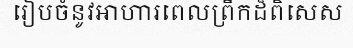
រៀបចំនូវអាហារពេលព្រឹកដ៏ពិសេស